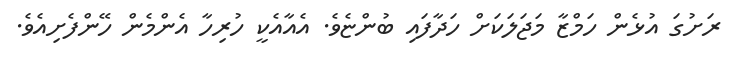
ރަށުގަ އުޅެން ހަމްޒާ މަޖަލަކަށް ހަދާފައި ބުންޏެވެ. އެއާއެކީ ހުރިހާ އެންމެން ހޭންފެށިއެވެ.